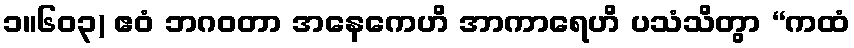
၁။၆၀၃) ဧဝံ ဘဂဝတာ အနေကေဟိ အာကာရေဟိ ပသံသိတွာ “ကထံ